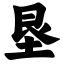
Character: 垦